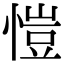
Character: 愷